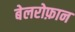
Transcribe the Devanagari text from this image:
बेलरोफ़ान